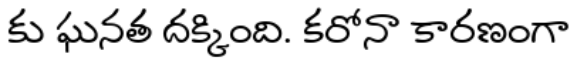
కు ఘనత దక్కింది. కరోనా కారణంగా